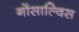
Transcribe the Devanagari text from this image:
गोंसाल्विस